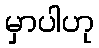
မှာပါဟု